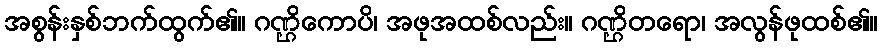
အစွန်းနှစ်ဘက်ထွက်၏။ ဂဏ္ဌိကောပိ၊ အဖုအထစ်လည်း။ ဂဏ္ဌိတရော၊ အလွန်ဖုထစ်၏။